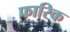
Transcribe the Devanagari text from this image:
फारिक